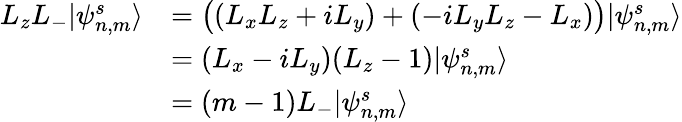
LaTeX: \begin{array}{rl}{L_{z}L_{-}|\psi_{n,m}^{s}\rangle}&{=\big((L_{x}L_{z}+iL_{y})+(-iL_{y}L_{z}-L_{x})\big)|\psi_{n,m}^{s}\rangle}\\ &{=(L_{x}-iL_{y})(L_{z}-1)|\psi_{n,m}^{s}\rangle}\\ &{=(m-1)L_{-}|\psi_{n,m}^{s}\rangle}\end{array}